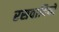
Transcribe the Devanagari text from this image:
रसवादियों